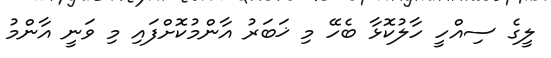
ލީގެ ސިއްހީ ހާލުކޮޅާ ބެހޭ މި ޚަބަރު އާންމުކޮށްފައި މި ވަނީ އާންމު